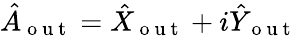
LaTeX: \hat{A}_{\mathrm{~o~u~t~}}=\hat{X}_{\mathrm{~o~u~t~}}+i\hat{Y}_{\mathrm{~o~u~t~}}